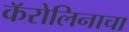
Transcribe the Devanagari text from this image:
कॅरोलिनाचा